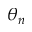
\theta _ { n }